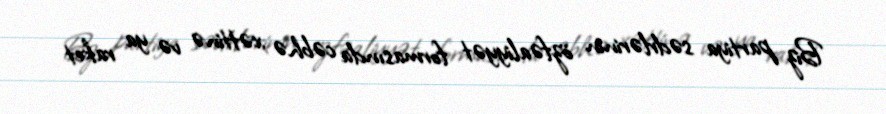
Biz partiya sədrlərinin özfəaliyyət formasında cəbhə xəttinə və ya raket